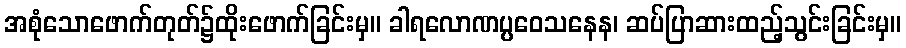
အစုံသောဖောက်တုတ်၌ထိုးဖောက်ခြင်းမှ။ ခါရလောဏပ္ပဝေသနေန၊ ဆပ်ပြာဆားထည့်သွင်းခြင်းမှ။